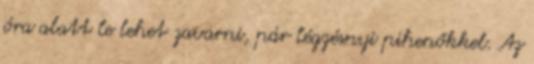
óra alatt le lehet zavarni, pár légzésnyi pihenőkkel. Az